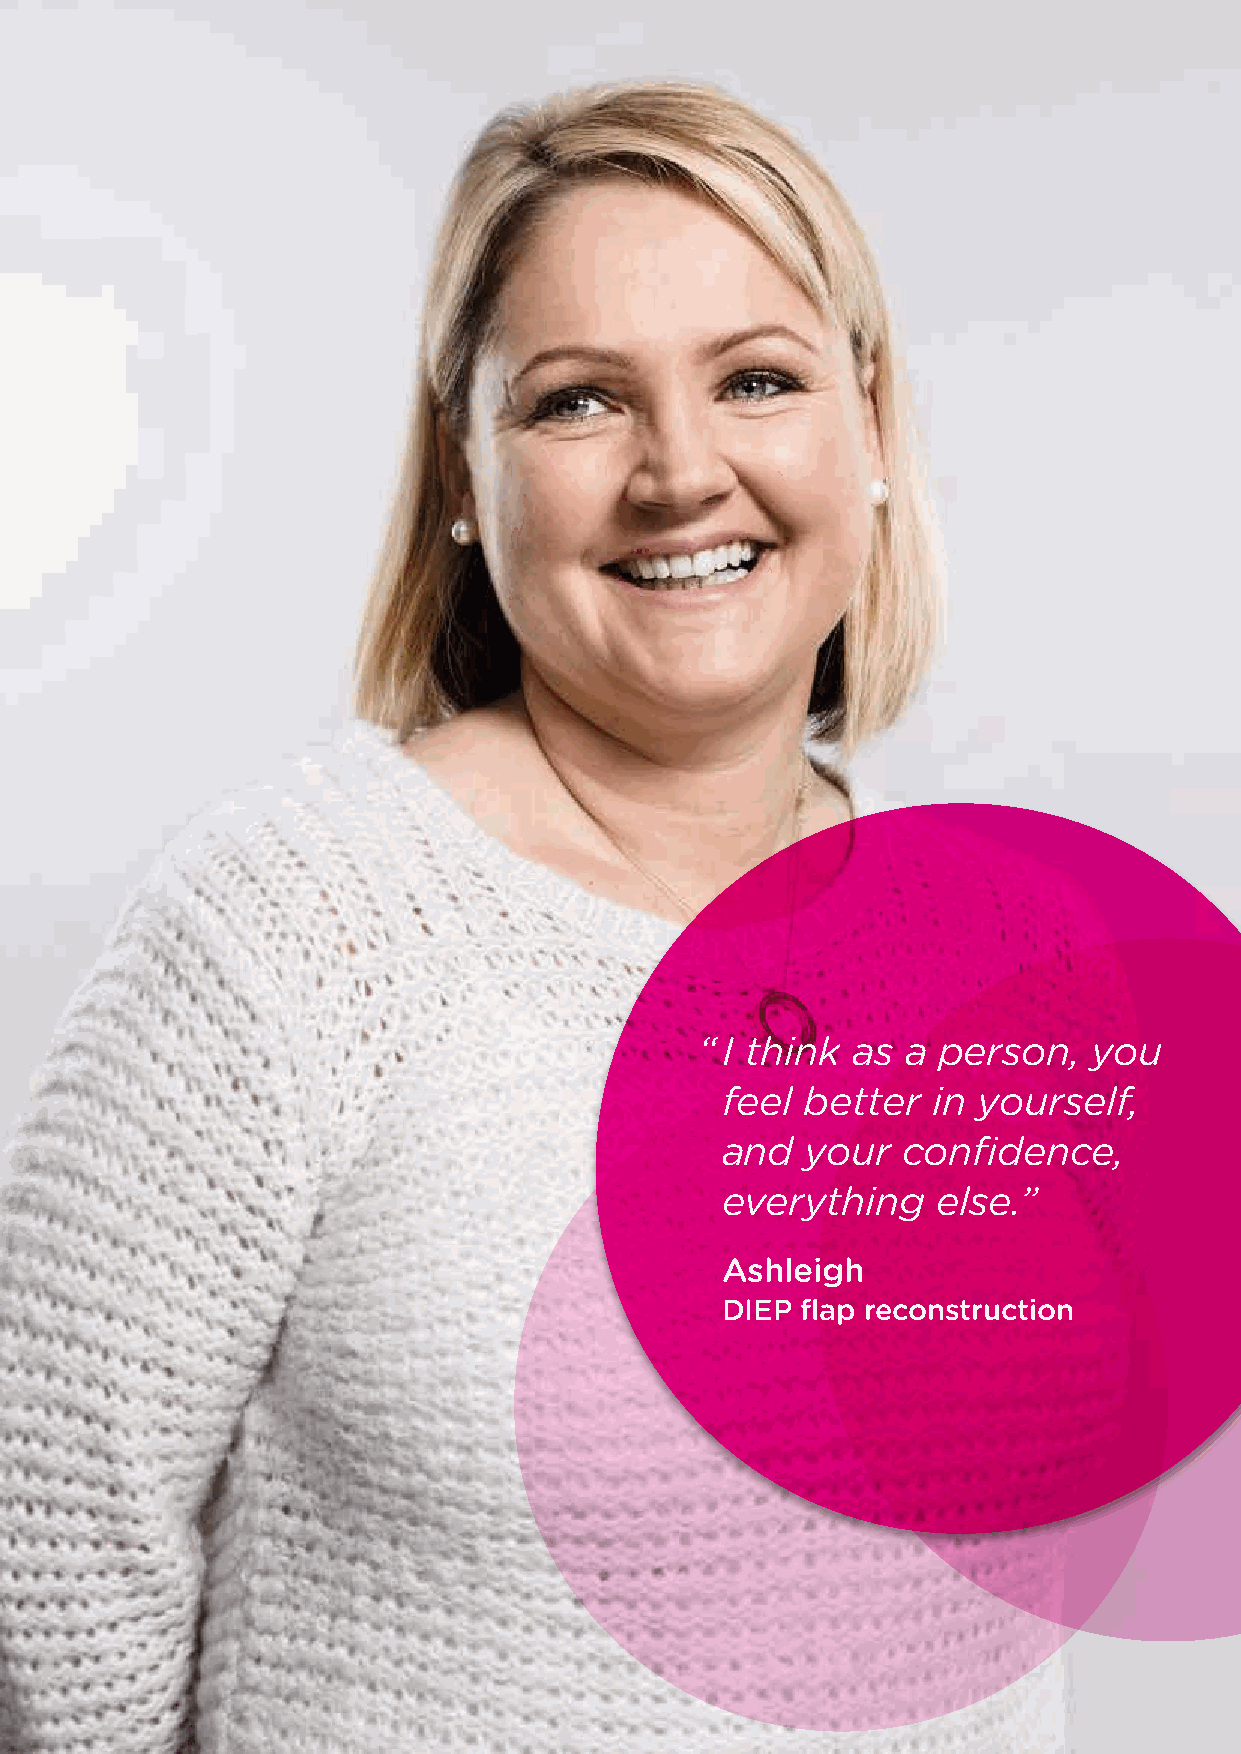
“I think  as  a person,   you
 feel better   in yourself,
 and  your   confidence,
 everything    else.”
 Ashleigh
 DIEP flap reconstruction